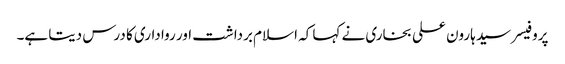
پروفیسر سید ہارون علی بخاری نے کہا کہ اسلام برداشت اور رواداری کا درس دیتا ہے۔